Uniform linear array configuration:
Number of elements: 24
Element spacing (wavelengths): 0.25
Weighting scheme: hamming
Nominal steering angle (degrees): -30
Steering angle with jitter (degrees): -30.466
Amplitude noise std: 0.05
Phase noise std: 0.05

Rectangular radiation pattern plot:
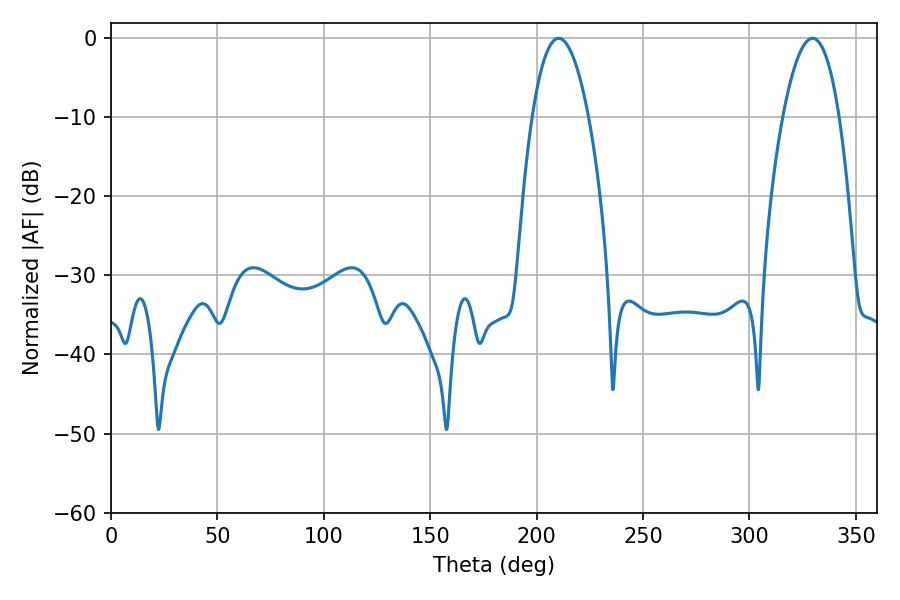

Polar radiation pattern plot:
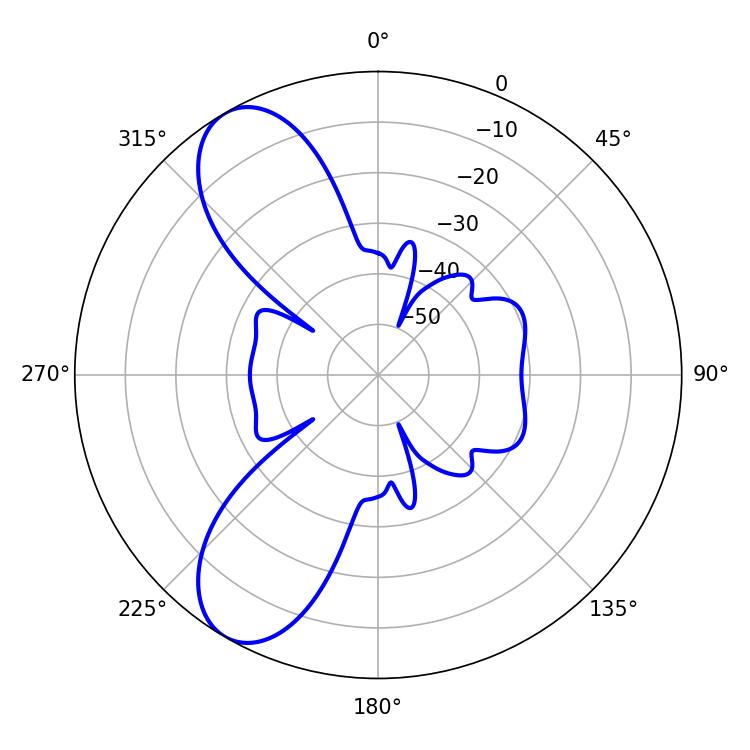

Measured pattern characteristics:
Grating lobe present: FALSE
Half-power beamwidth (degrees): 14.76
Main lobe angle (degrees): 210.42